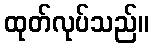
ထုတ်လုပ်သည်။